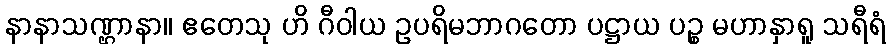
နာနာသဏ္ဌာနာ။ ဧတေသု ဟိ ဂီဝါယ ဥပရိမဘာဂတော ပဋ္ဌာယ ပဉ္စ မဟာနှာရူ သရီရံ